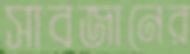
সাবজানের